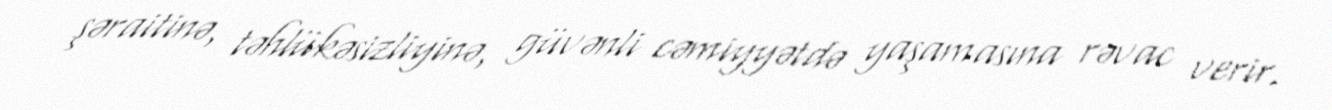
şəraitinə, təhlükəsizliyinə, güvənli cəmiyyətdə yaşamasına rəvac verir.